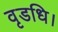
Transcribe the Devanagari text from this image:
वृडधि।